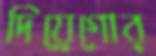
দিয়েগোর